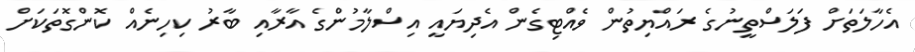
އެހާލަތަށް ފަލަސްތީނުގެ ރައްޔިތުން ވެއްޓިގެން އެދިޔައީ އިސްލާމުންގެ އާރާއި ބާރު ކިހިނެއް ކޮންގޮތަކަށް